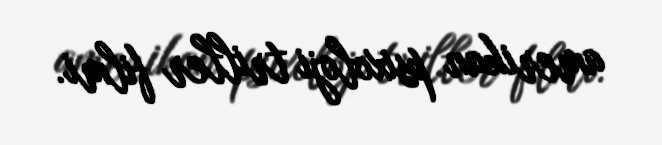
amerikan psixoloji triller filmi.